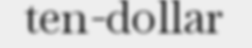
ten-dollar